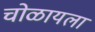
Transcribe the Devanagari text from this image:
चोळायला